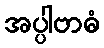
အပ္ပါဗာဓံ